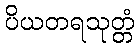
ပိယတရသုတ္တံ